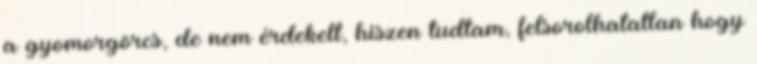
a gyomorgörcs, de nem érdekelt, hiszen tudtam, felsorolhatatlan hogy